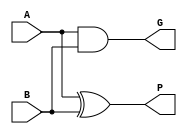
module carry_prop(P, G, A, B);
	input A, B;
	output P, G;
	xor x1(P, A, B);
	and x2(G, A, B);
endmodule


module look_ahead_adder(o, a, b);
	input [0:3] a;
	input [0:3] b;
	output [0:4] o;

	wire t1, t2, t3, t4, t5, c1, c2, c3;
	wire p0, p1, p2, p3, g0, g1, g2, g3;

	carry_prop x15(p0, g0, a[3], b[3]);
	carry_prop x16(p1, g1, a[2], b[2]);
	carry_prop x17(p2, g2, a[1], b[1]);
	carry_prop x18(p3, g3, a[0], b[0]);	

	or x1(c1, g0, 0);
	
	and x2(t1, p1, g0);
	or x3(c2, g1, t1);

	and x4(t1, p2, p1, g0);
	and x5(t2, p2, g1);
	or x6(c3, t2, t1, g2);

	and x7(t1, p3, p2, p1, g0);
	and x8(t2, p3, p2, g1);
	and x9(t3, p3, g2);
	or x10(o[0], t3, t2, t1, g3);

	xor x11(o[4], p0, 0);
	xor x12(o[3], p1, c1);
	xor x13(o[2], p2, c2);
	xor x14(o[1], p3, c3);
	
endmodule